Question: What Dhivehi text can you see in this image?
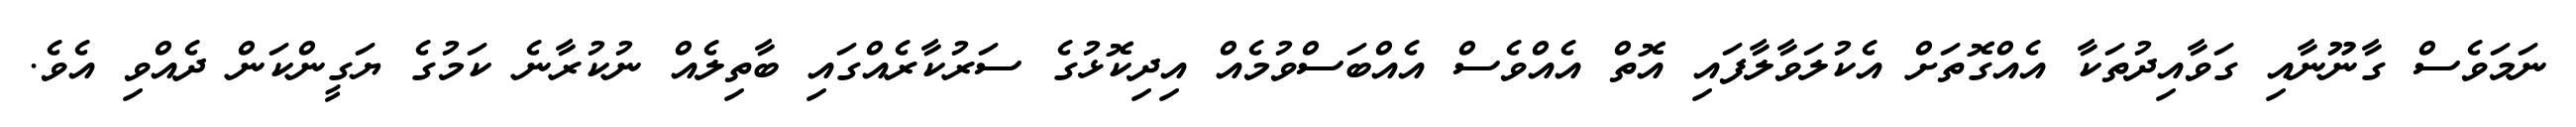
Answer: ނަމަވެސް ގާނޫނާއި ގަވާއިދުތަކާ އެއްގޮތަށް އެކުލަވާލާފައި އޮތް އެއްވެސް އެއްބަސްވުމެއް އިދިކޮޅުގެ ސަރުކާރެއްގައި ބާތިލެއް ނުކުރާނެ ކަމުގެ ޔަގީންކަން ދެއްވި އެވެ.